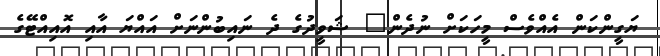
ޔަގީންކަން އެއްވެސް މީހަކަށް ނުދެން" ޝަވީދުގެ ދެ ނައިބުންނަށް އައްޔަ އާއި އޮއިއްޓޭގެ